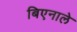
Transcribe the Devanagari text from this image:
बिएनाले